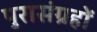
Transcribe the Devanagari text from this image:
पुरासंग्रहों